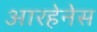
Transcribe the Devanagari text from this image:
आरहेनेस